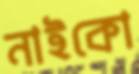
নাইকো